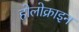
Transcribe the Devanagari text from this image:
होलोक्राइन